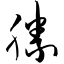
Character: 胜